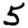
Digit: 5